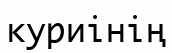
куриінің